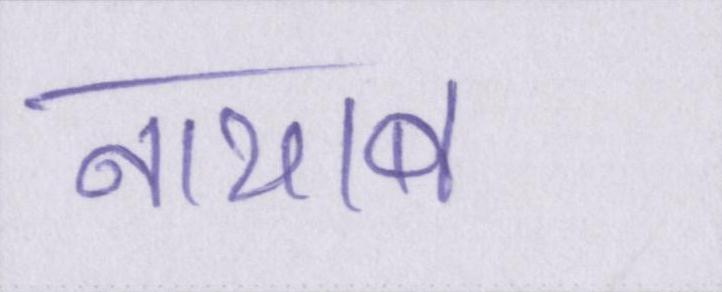
नायाब